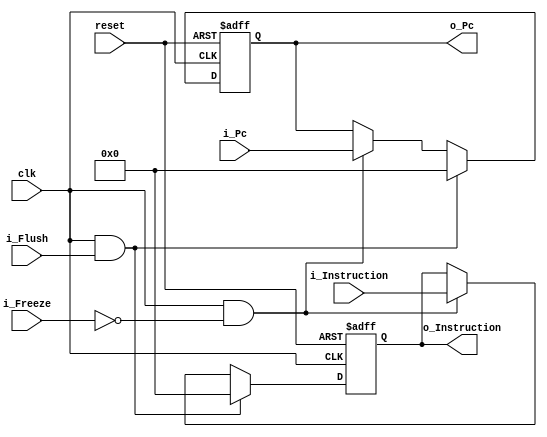
module if_stage_reg (
    clk, 
    reset, 
    i_Flush, 
    i_Freeze,
    i_Pc, 
    i_Instruction,
    o_Pc, 
    o_Instruction
    );

    parameter DATA_WIDTH = 32;
    
    input clk;
    input reset;
    input i_Flush;
    input i_Freeze;
    input [DATA_WIDTH - 1:0] i_Pc;
    input [DATA_WIDTH - 1:0] i_Instruction;
    
    output reg [DATA_WIDTH - 1:0] o_Pc;
    output reg [DATA_WIDTH - 1:0] o_Instruction;

    always @(posedge clk, posedge reset) begin

        if (reset) begin
            o_Pc <= 32'b0;
            o_Instruction <= 32'b0;
        end

        else if (clk && i_Flush) begin
            o_Pc <= 32'b0;
            o_Instruction <= 32'b0;
        end

        else if (clk && ~i_Freeze) begin
            o_Pc <= i_Pc;
            o_Instruction <= i_Instruction;
        end 

        else begin
            o_Pc <= o_Pc;
            o_Instruction <= o_Instruction;
        end
    end

endmodule